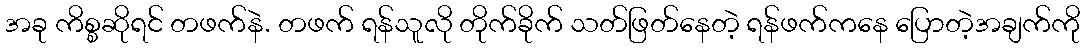
အခု ကိစ္စဆိုရင် တဖက်နဲ. တဖက် ရန်သူလို တိုက်ခိုက် သတ်ဖြတ်နေတဲ့ ရန်ဖက်ကနေ ပြောတဲ့အချက်ကို